Madras plague regulations and rules - Volume 1
Disease focus: Plague
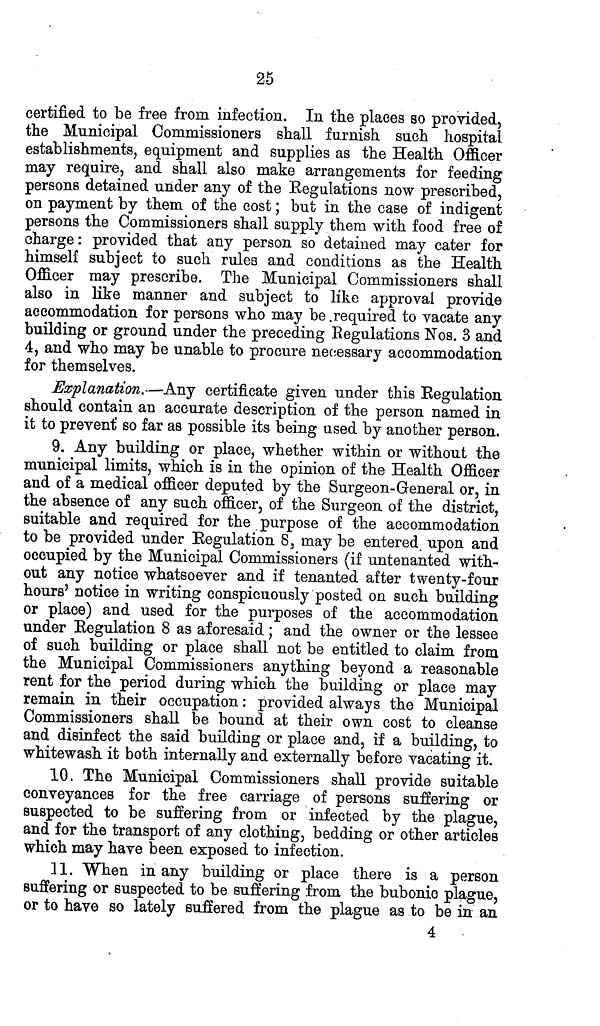
25
certified to be free from infection. In the places so provided,
the Municipal Commissioners shall furnish such hospital
establishments, equipment and supplies as the Health Officer
may require, and shall also make arrangements for feeding
persons detained under any of the Regulations now prescribed,
on payment by them of the cost; but in the case of indigent
persons the Commissioners shall supply them with food free of
charge: provided that any person so detained may cater for
himself subject to such rules and conditions as the Health
Officer may prescribe. The Municipal Commissioners shall
also in like manner and subject to like approval provide
accommodation for persons who may be required to vacate any
building or ground under the preceding Regulations Nos. 3 and
4, and who may be unable to procure necessary accommodation
for themselves.
Explanation.—Any certificate given under this Regulation
should contain an accurate description of the person named in
it to prevent so far as possible its being used by another person.
9. Any building or place, whether within or without the
municipal limits, which is in the opinion of the Health Officer
and of a medical officer deputed by the Surgeon-General or, in
the absence of any such officer, of the Surgeon of the district,
suitable and required for the purpose of the accommodation
to be provided under Regulation 8, may be entered upon and
occupied by the Municipal Commissioners (if untenanted with-
out any notice whatsoever and if tenanted after twenty-four
hours' notice in writing conspicuously posted on such building
or place) and used for the purposes of the accommodation
under Regulation 8 as aforesaid; and the owner or the lessee
of such building or place shall not be entitled to claim from
the Municipal Commissioners anything beyond a reasonable
rent for the period during which the building or place may
remain in their occupation: provided always the Municipal
Commissioners shall be bound at their own cost to cleanse
and disinfect the said building or place and, if a building, to
whitewash it both internally and externally before vacating it.
10. The Municipal Commissioners shall provide suitable
conveyances for the free carriage of persons suffering or
suspected to be suffering from or infected by the plague,
and for the transport of any clothing, bedding or other articles
which may have been exposed to infection.
11. When in any building or place there is a person
suffering or suspected to be suffering from the bubonic plague,
or to have so lately suffered from the plague as to be in an
4